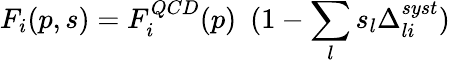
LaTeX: F_{i}(p,s)=F_{i}^{QCD}(p)~~(1-\sum_{l}s_{l}\Delta_{li}^{syst})